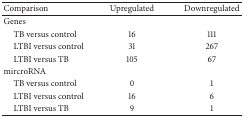
<table><thead><tr><td><b>Comparison</b></td><td><b>Upregulated</b></td><td><b>Downregulated</b></td></tr></thead><tbody><tr><td>Genes</td><td> </td><td> </td></tr><tr><td> TB versus control</td><td>16</td><td>111</td></tr><tr><td> LTBI versus control</td><td>31</td><td>267</td></tr><tr><td> LTBI versus TB</td><td>105</td><td>67</td></tr><tr><td>mircroRNA</td><td> </td><td> </td></tr><tr><td> TB versus control</td><td>0</td><td>1</td></tr><tr><td> LTBI versus control</td><td>16</td><td>6</td></tr><tr><td> LTBI versus TB</td><td>9</td><td>1</td></tr></tbody></table>